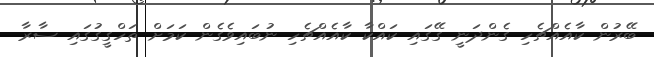
ބޭރުން ކާއެއްޗެހި ގެންދަނީ ގޭގައި ކައްކާ ކާއެއްޗެހި ނުބައިވެގެން ކަމަށް ތަހްގީގުގައި ސާރާ